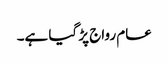
عام رواج پڑ گیا ہے۔